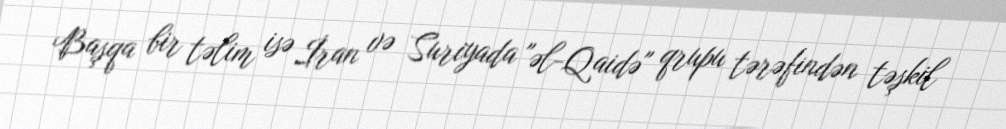
Başqa bir təlim isə İran və Suriyada "əl-Qaidə" qrupu tərəfindən təşkil